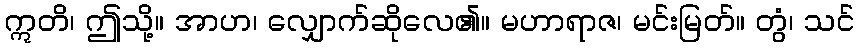
ဣတိ၊ ဤသို့။ အာဟ၊ လျှောက်ဆိုလေ၏။ မဟာရာဇ၊ မင်းမြတ်။ တွံ၊ သင်